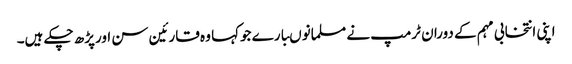
اپنی انتخابی مہم کے دوران ٹرمپ نے مسلمانوںبارے جوکہا وہ قارئین سن اورپڑھ چکے ہیں۔